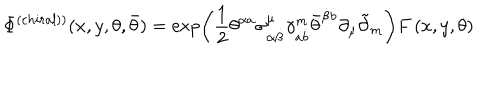
LaTeX: \Phi ^ { \left( c h i r a l ) \right) } ( x , y , \theta , \bar { \theta } ) = \exp \left( \frac 1 2 \theta ^ { \alpha a } \sigma _ { \alpha \dot { \beta } } ^ { \mu } \gamma _ { a \dot { b } } ^ { m } \bar { \theta } ^ { \dot { \beta } \dot { b } } \partial _ { \mu } \tilde { \partial } _ { m } \right) F \left( x , y , \theta \right)